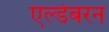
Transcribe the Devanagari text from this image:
एल्डेबरन